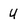
Character: U